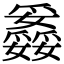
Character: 𤕇